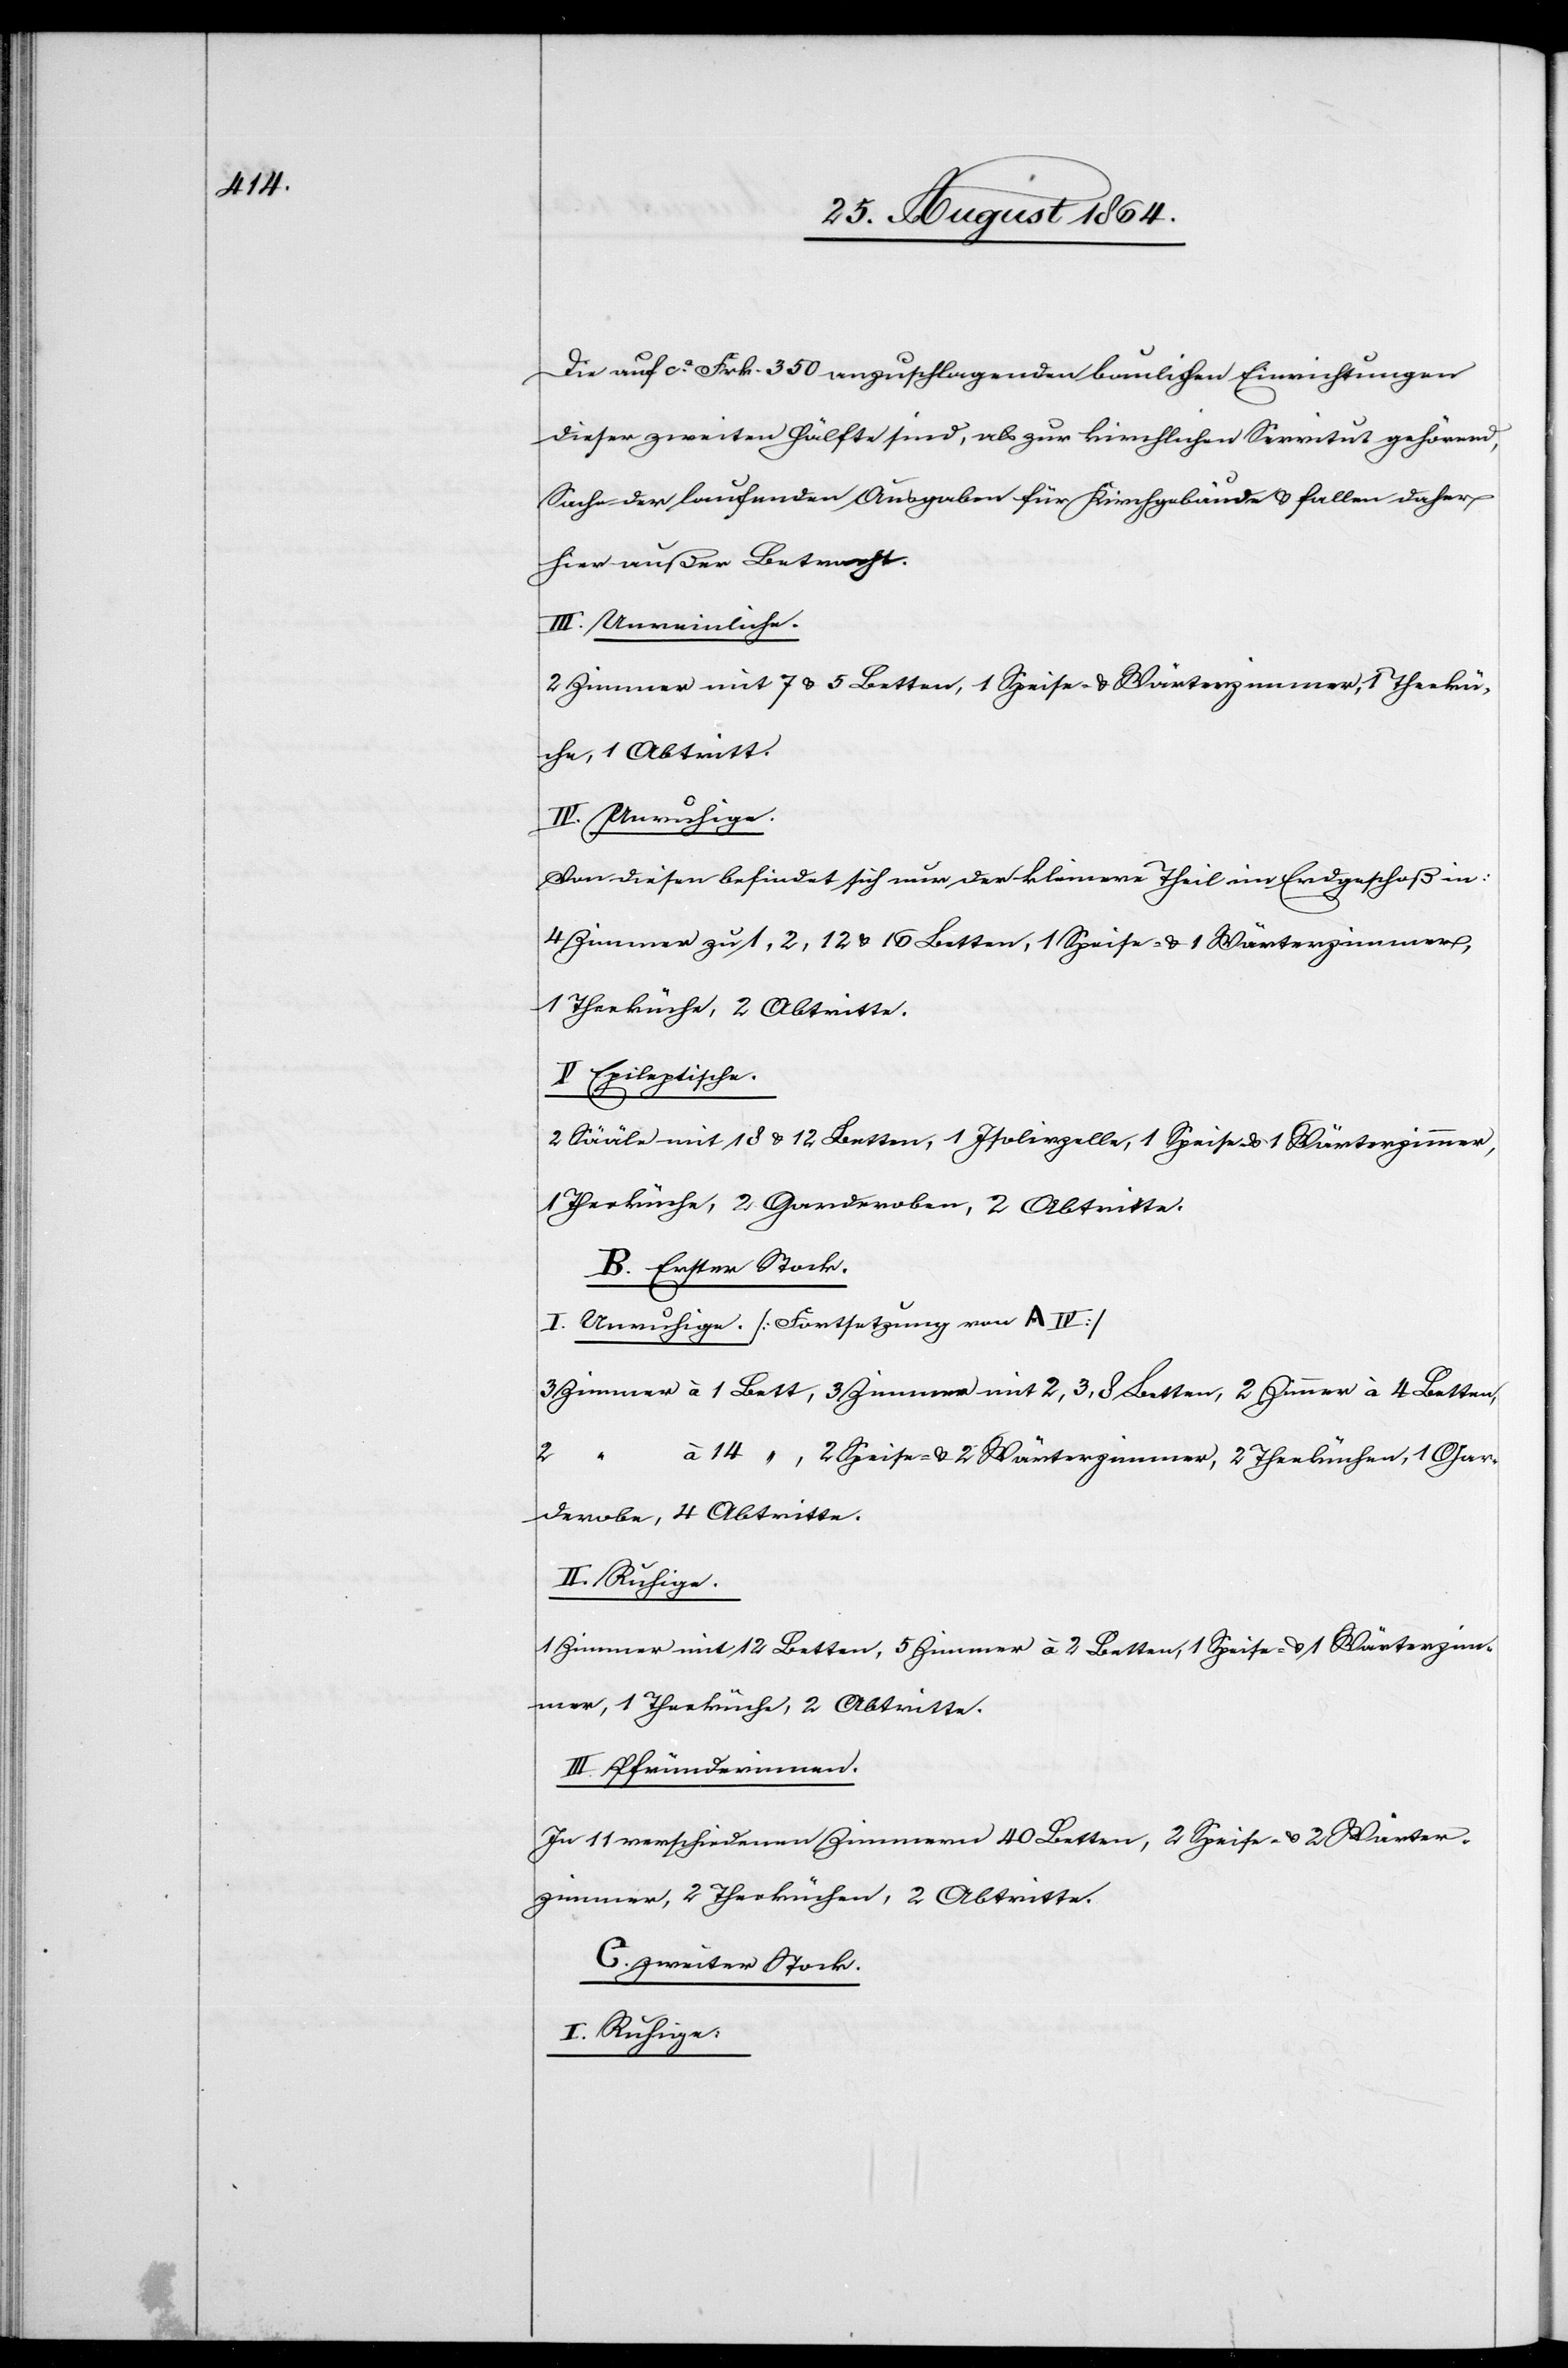
Die auf ca. Frk. 350 anzuschlagenden baulichen Einrichtungen
dieser zweiten Hälfte sind, als zur kirchlichen Servitut gehörend,
Sache der laufenden Ausgaben für Kirchengebäude & fallen daher
hier außer Betracht.
III. Unreinliche.
2 Zimmer mit 7 & 5 Betten, 1 Speise- & Wärterzimmer, 1 Theekü¬
che, 1 Abtritt.
IV. Unruhige.
Von diesen befindet sich nur der kleinere Theil im Erdgeschoß in:
4 Zimmer zu 1, 2, 12 & 16 Betten, 1 Speise- & 1 Wärterzimmer,
1 Theeküche, 2 Abtritte.
V. Epileptische.
2 Sääle mit 18 & 12 Betten, 1 Isolirzelle, 1 Speise- & 1 Wärterzimmer,
Theeküche, 2 Garderoben, 2 Abtritte.
B. Erster Stock.
I. Unruhige. [Fortsetzung von A IV]
3 Zimmer à 1 Bett, 3 Zimmer mit 2, 3, 8 Betten, 2 Zimmer à 4 Betten,
2
ten],
2 Speise- & Wärterzimmer, 2 Theeküchen, 1 Gar¬
derobe, 4 Abtritte.
II. Ruhige.
1 Zimmer mit 12 Betten, 5 Zimmer à 2 Betten, 1 Speise- & 1 Wärterzim¬
mer, 1 Theeküche, 2 Abtritte.
III. Pfründerinnen.
Zu 11 verschiedenen Zimmern 40 Betten, 2 Speise- & 2 Wärter¬
zimmer, 2 Theeküchen, 2 Abtritte.
C. Zweiter Stock.
I. Ruhige.